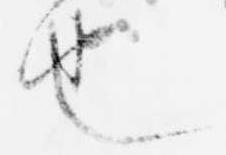
也